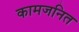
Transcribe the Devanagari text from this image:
कामजनित